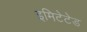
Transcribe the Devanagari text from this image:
इमिटेटेड